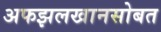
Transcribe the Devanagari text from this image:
अफझलखानसोबत